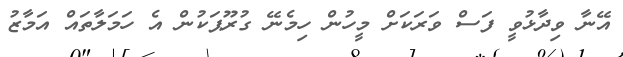
އޭނާ ވިދާޅުވީ ފަސް ވަރަކަށް މީހުން ހިމެނޭ ގުރޫޕަކުން އެ ހަމަލާތައް އަމާޒު